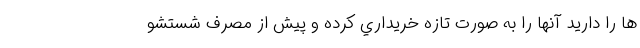
ها را داريد آنها را به صورت تازه خريداري كرده و پيش از مصرف شستشو